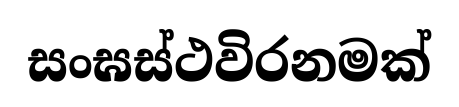
සංඝස්ථවිරනමක්